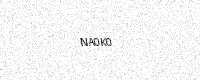
Text: NA0K0